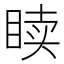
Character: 𬑙